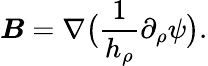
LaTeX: \boldsymbol{B}=\nabla\big(\frac 1{h_{\rho}}\partial_{\rho}\psi\big).